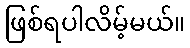
ဖြစ်ရပါလိမ့်မယ်။